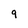
Character: 9